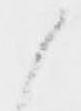
候